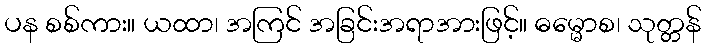
ပန စစ်ကား။ ယထာ၊ အကြင် အခြင်းအရာအားဖြင့်။ ဓမ္မောစ၊ သုတ္တန်